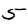
Digit: 5